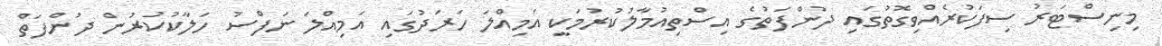
މިނިސްޓަރު ސިފަކުރެއްވިގޮތުގައި ދުންފަތުގެ އިސްތިއުމާލުކުރުމަކީ އަމިއްލަ ހަރަދުގައި އަމިއްލަ ނަފްސު ހަލާކުކުރުން ދުންފަތް